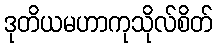
ဒုတိယမဟာကုသိုလ်စိတ်